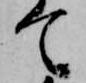
て